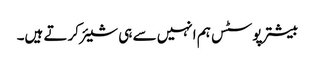
بیشتر پوسٹس ہم انہیں سے ہی شیئر کرتے ہیں۔